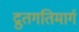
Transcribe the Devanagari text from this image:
द्रुतगतिमार्ग